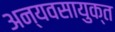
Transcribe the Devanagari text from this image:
अन्यवसायुक्त